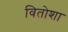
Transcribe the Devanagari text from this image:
वितोशा